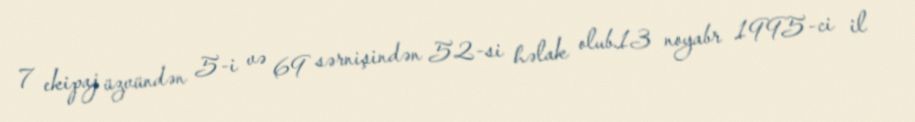
7 ekipaj üzvündən 5-i və 69 sərnişindən 52-si həlak olub.13 noyabr 1995-ci il